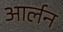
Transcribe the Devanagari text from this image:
आर्लन